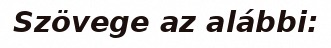
Szövege az alábbi: